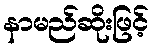
နာမည်ဆိုးဖြင့်